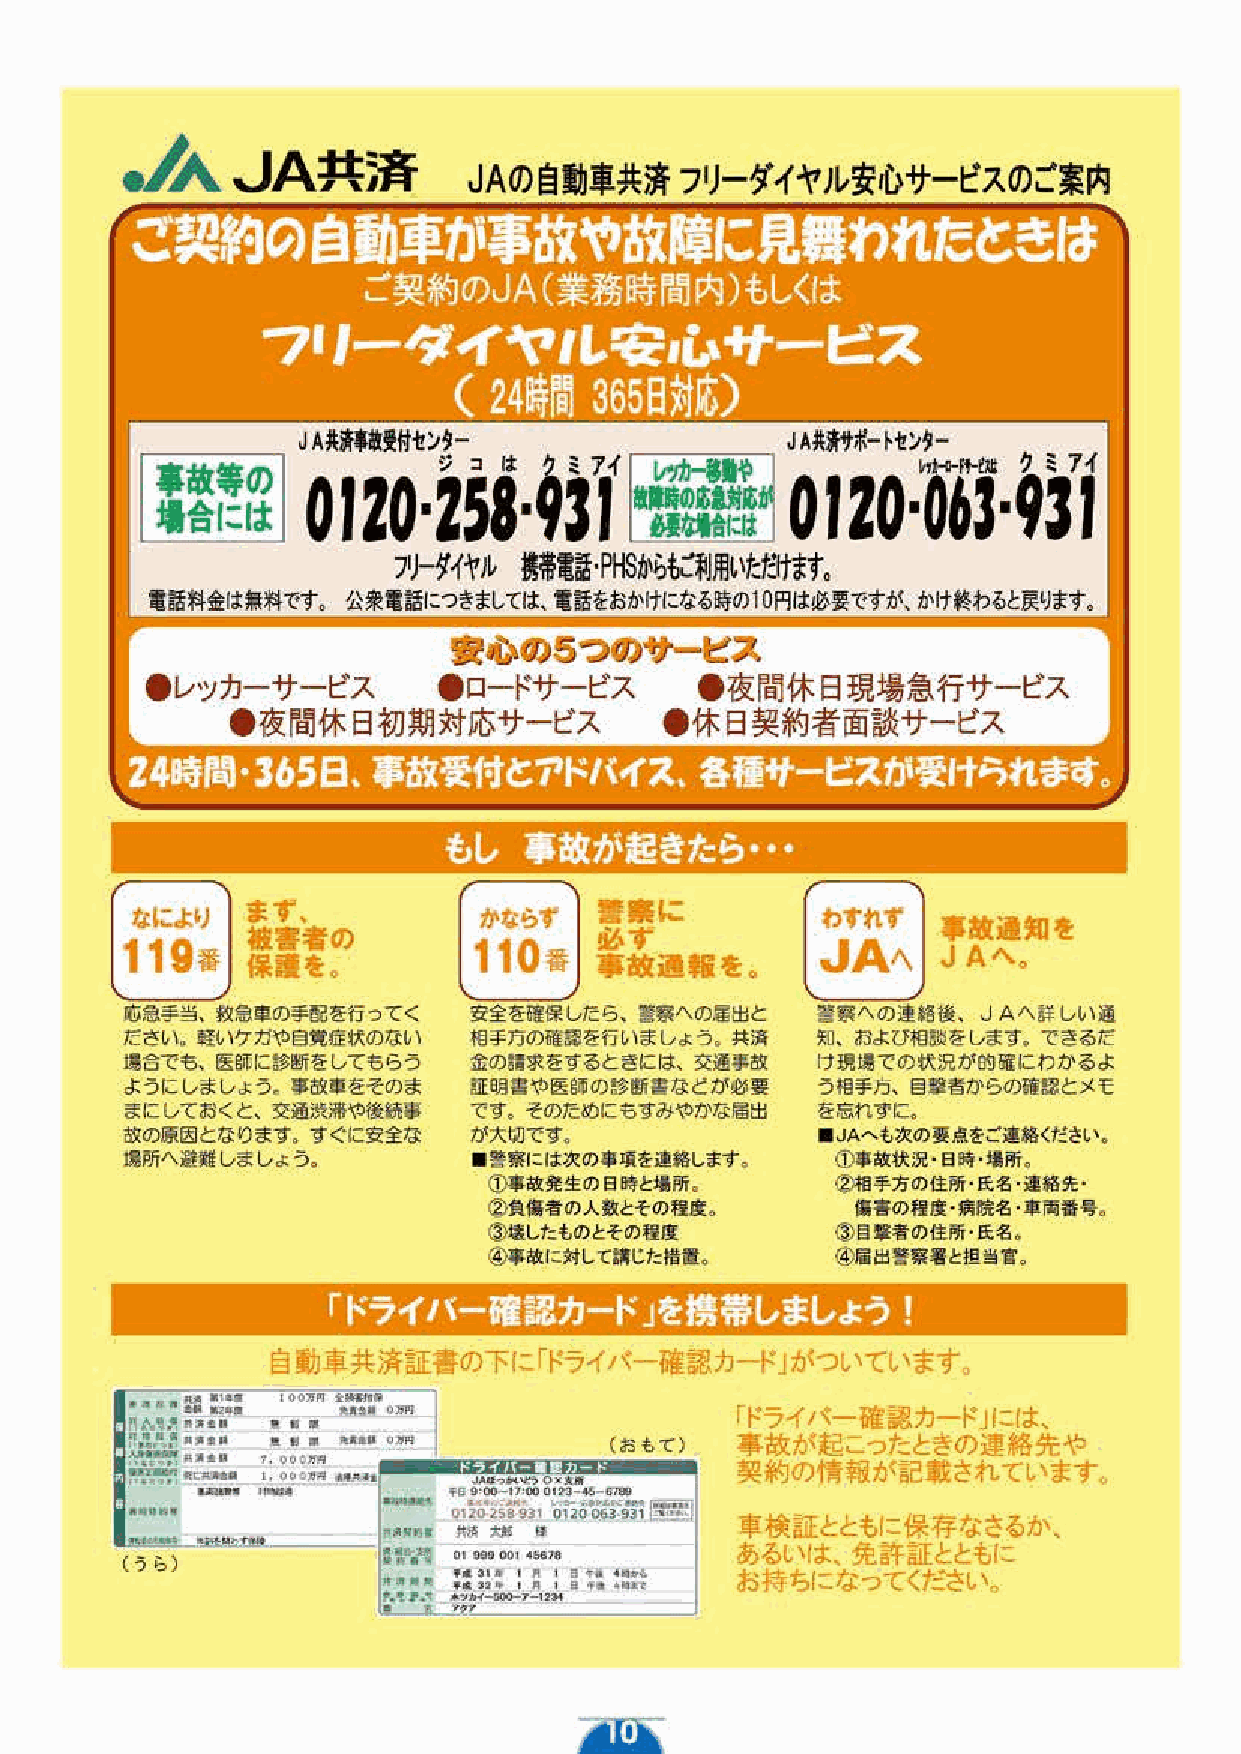
1111                                    10